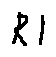
R 1